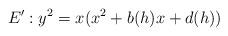
LaTeX: \begin{align*}E' : y^2 = x(x^2 + b(h)x + d(h))\end{align*}